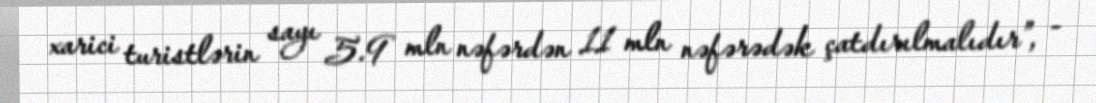
xarici turistlərin sayı 5.9 mln nəfərdən 11 mln nəfərədək çatdırılmalıdır”, -